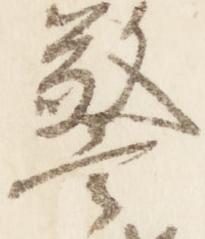
警